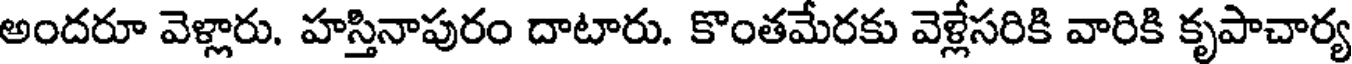
అందరూ వెళ్లారు. హస్తినాపురం దాటారు. కొంతమేరకు వెళ్లేసరికి వారికి కృపాచార్య